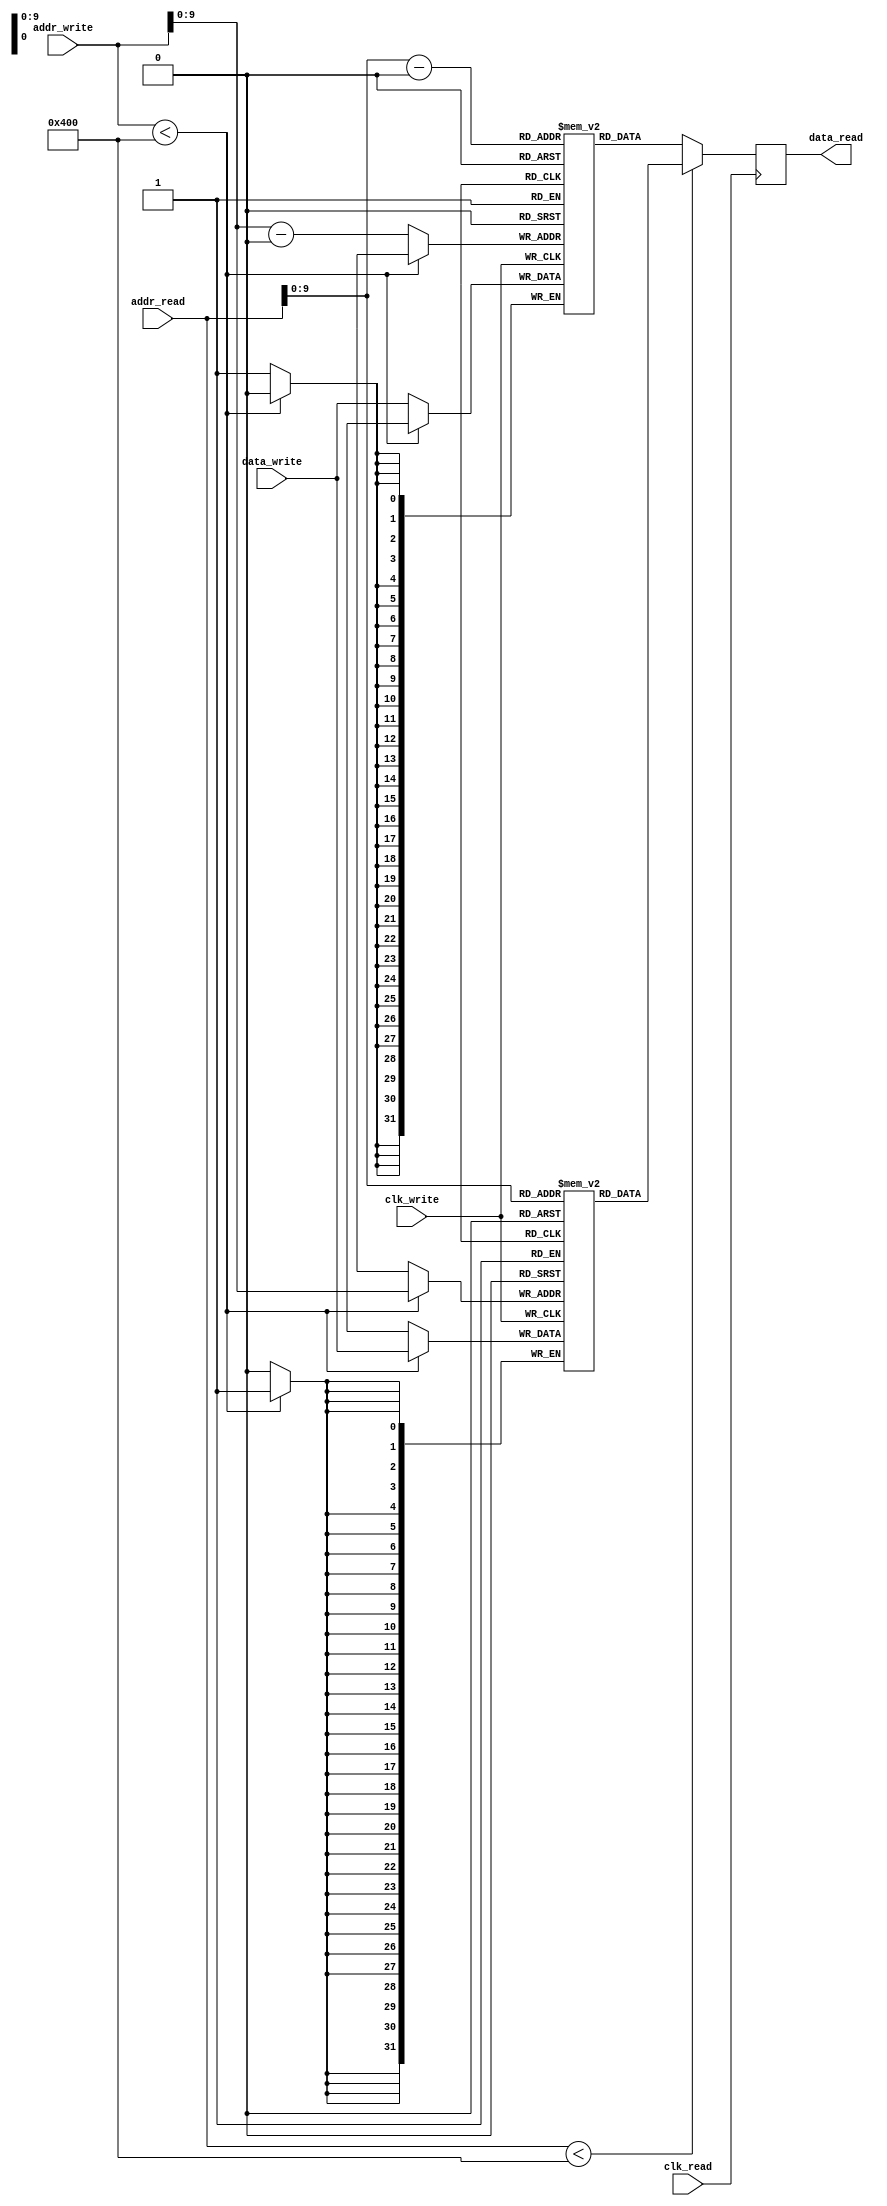
module dual_port_ram (
    input wire clk_read,
    input wire clk_write,
    input wire [31:0] addr_read,
    input wire [31:0] addr_write,
    input wire [31:0] data_write,
    output reg [31:0] data_read
);

reg [31:0] mem_block1 [0:1023];
reg [31:0] mem_block2 [0:1023];

always @(posedge clk_read) begin
    if (addr_read < 1024)
        data_read <= mem_block1[addr_read];
    else
        data_read <= mem_block2[addr_read-1024];
end

always @(posedge clk_write) begin
    if (addr_write < 1024)
        mem_block1[addr_write] <= data_write;
    else
        mem_block2[addr_write-1024] <= data_write;
end

endmodule